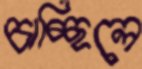
চাচ্ছিলে